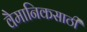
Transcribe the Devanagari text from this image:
वैमानिकसाठी